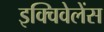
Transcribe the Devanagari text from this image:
इक्विवेलेंस